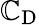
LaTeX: \mathbb{C}_{\mathrm{{D}}}